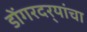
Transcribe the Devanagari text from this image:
डोंगरदर्‍यांचा